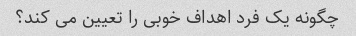
چگونه یک فرد اهداف خوبی را تعیین می کند؟